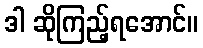
ဒါ ဆိုကြည့်ရအောင်။